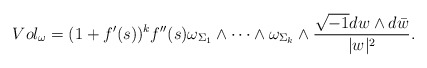
\begin{align*}Vol_{\omega}=(1+f'(s))^{k}f''(s)\omega_{\Sigma_{1}}\wedge\dots\wedge\omega_{\Sigma_{k}}\wedge\frac{\sqrt{-1}dw\wedge d\bar{w}}{\lvert w\rvert^{2}}.\end{align*}